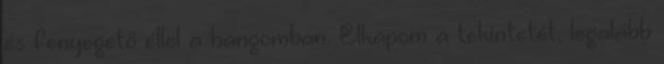
és fenyegető éllel a hangomban. Elkapom a tekintetét, legalább